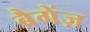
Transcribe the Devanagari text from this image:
ब्रैगेंज़